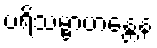
ပရိသမ္ဗာဟန္တေန